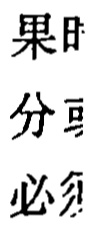
果时
分可
必须